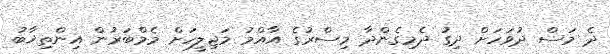
ދެ މަސް ދުވަހަށް ދިގު ދެމިގެންދާ މިސްރުގެ އާއްމު މަޖިލީހަށް މެމްބަރުން އިންތިޚާބު